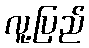
လူ့ပြည်